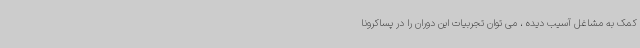
کمک به مشاغل آسیب دیده ، می توان تجربیات این دوران را در پساکرونا